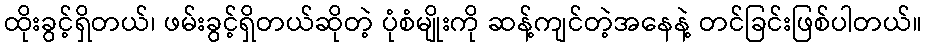
ထိုးခွင့်ရှိတယ်၊ ဖမ်းခွင့်ရှိတယ်ဆိုတဲ့ ပုံစံမျိုးကို ဆန့်ကျင်တဲ့အနေနဲ့ တင်ခြင်းဖြစ်ပါတယ်။